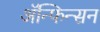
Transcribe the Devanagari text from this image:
ॲन्फिन्सन